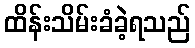
ထိန်းသိမ်းခံခဲ့ရသည်